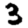
Digit: 3